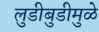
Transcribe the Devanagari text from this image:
लुडीबुडीमुळे